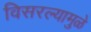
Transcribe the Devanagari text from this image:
विसरल्यामुळे